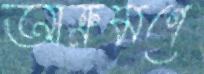
আক্রমণে